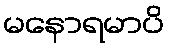
မနောရမာပိ